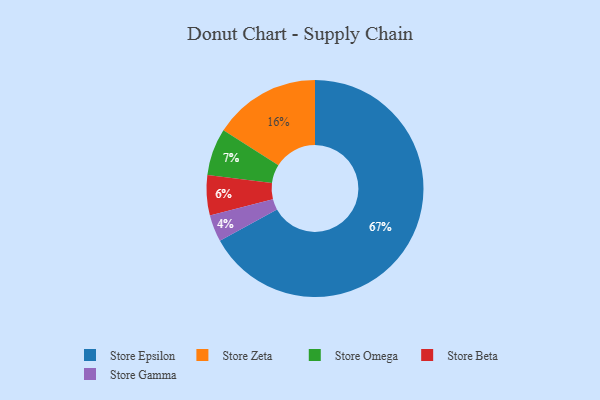
{"axis": {"x": "Category", "y": "Percentage"}, "legend": ["Store Beta", "Store Epsilon", "Store Gamma", "Store Omega", "Store Zeta"], "data": [{"x": "Store Epsilon", "y": 67, "type": "Store Epsilon"}, {"x": "Store Omega", "y": 7, "type": "Store Omega"}, {"x": "Store Beta", "y": 6, "type": "Store Beta"}, {"x": "Store Zeta", "y": 16, "type": "Store Zeta"}, {"x": "Store Gamma", "y": 4, "type": "Store Gamma"}]}